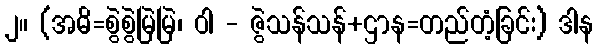
၂။ (အဓိ=စွဲစွဲမြဲမြဲ၊ ဝါ - ဇွဲသန်သန်+ဌာန=တည်တံ့ခြင်း) ဒါန